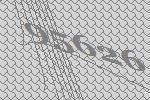
95626